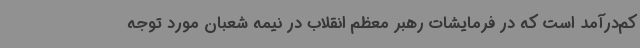
کم‌درآمد است که در فرمایشات رهبر معظم انقلاب در نیمه شعبان مورد توجه